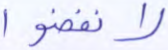
لانفضوا